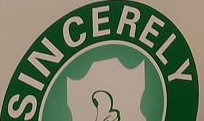
SINCERELY